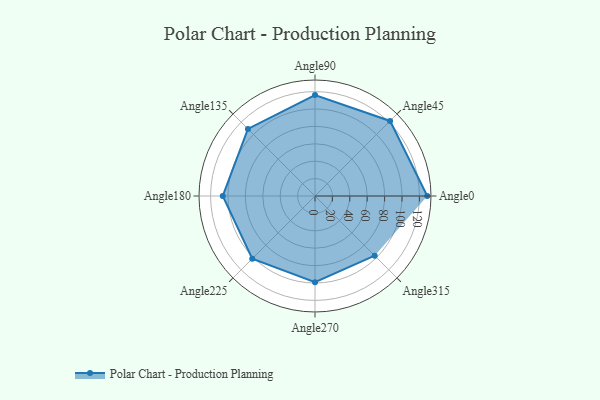
{"axis": {"x": "Angle", "y": "Radius"}, "legend": [""], "data": [{"x": "Angle0", "y": 129.0, "type": ""}, {"x": "Angle45", "y": 122.0, "type": ""}, {"x": "Angle90", "y": 116.0, "type": ""}, {"x": "Angle135", "y": 109.0, "type": ""}, {"x": "Angle180", "y": 106.0, "type": ""}, {"x": "Angle225", "y": 102.0, "type": ""}, {"x": "Angle270", "y": 99.0, "type": ""}, {"x": "Angle315", "y": 97.0, "type": ""}]}